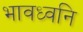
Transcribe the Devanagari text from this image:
भावध्वनि